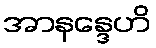
အာနန္ဒေဟိ